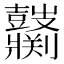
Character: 𱌌